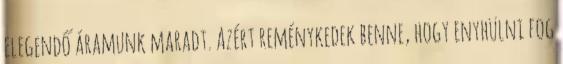
elegendő áramunk maradt. Azért reménykedek benne, hogy enyhülni fog